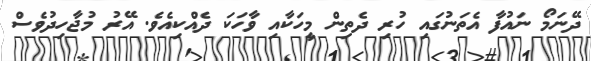
ދޭނަމޯ ނައުފާ އެތަނުގައި ހުރި ދެތިން މީހަކާއި ވާހަކަ ދެއްކިއެވެ. އޭރު މުޖާހިދުވެސް